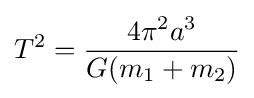
T^{2}={\frac {4\pi ^{2}a^{3}}{G(m_{1}+m_{2})}}